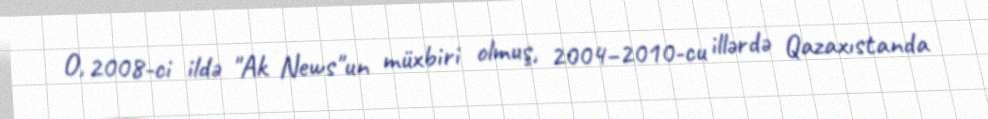
O, 2008-ci ildə "Ak News"un müxbiri olmuş, 2004–2010-cu illərdə Qazaxıstanda